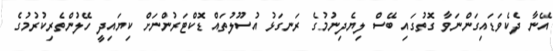
އޭނާ ދެކެވަޑައިގަންނަވާ ގޮތުގައި ބޭސް ލިޔެދިނުމުގެ ރަނގަޅު އުސޫލުތައް ޑޮކްޓަރުންނަށް ކިޔައިދީ ހޭލުންތެރިކުރުމުގެ